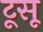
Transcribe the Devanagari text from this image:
टूसू